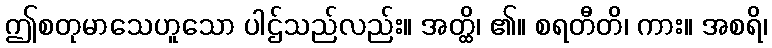
ဤစတုမာသေဟူသော ပါဌ်သည်လည်း။ အတ္ထိ၊ ၏။ စရတီတိ၊ ကား။ အစရိ၊